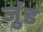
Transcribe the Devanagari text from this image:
जुंड